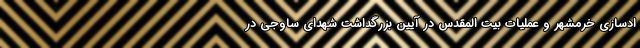
ادسازی خرمشهر و عملیات بیت المقدس در آیین بزرگداشت شهدای ساوجی در